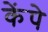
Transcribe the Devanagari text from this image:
केंपे